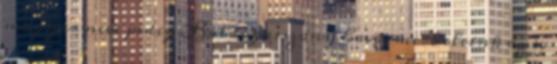
magyar neve pedig Boldogasszony hava, mert eleink az év